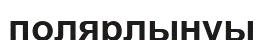
полярлынуы